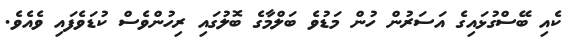
ކެއި ބޭސްގުޅައިގެ އަސަރުން ހުން މަޑުވެ ބަލްމާގެ ބޮލުގައި ރިހުންވެސް ކުޑަވެފައި ވެއެވެ.